Problem: 26 + 6 = ?
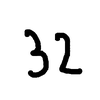
Handwritten answer: 32